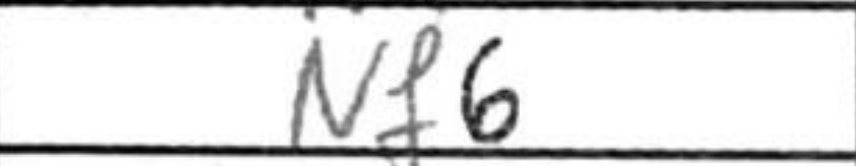
Transcription: Nf6